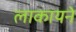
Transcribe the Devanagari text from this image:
लाकायने